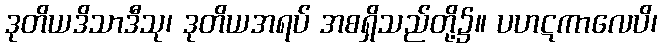
ဒုတိယဒိသာဒီသု၊ ဒုတိယအရပ် အစရှိသည်တို့၌။ ပဟဋကာလေပိ၊